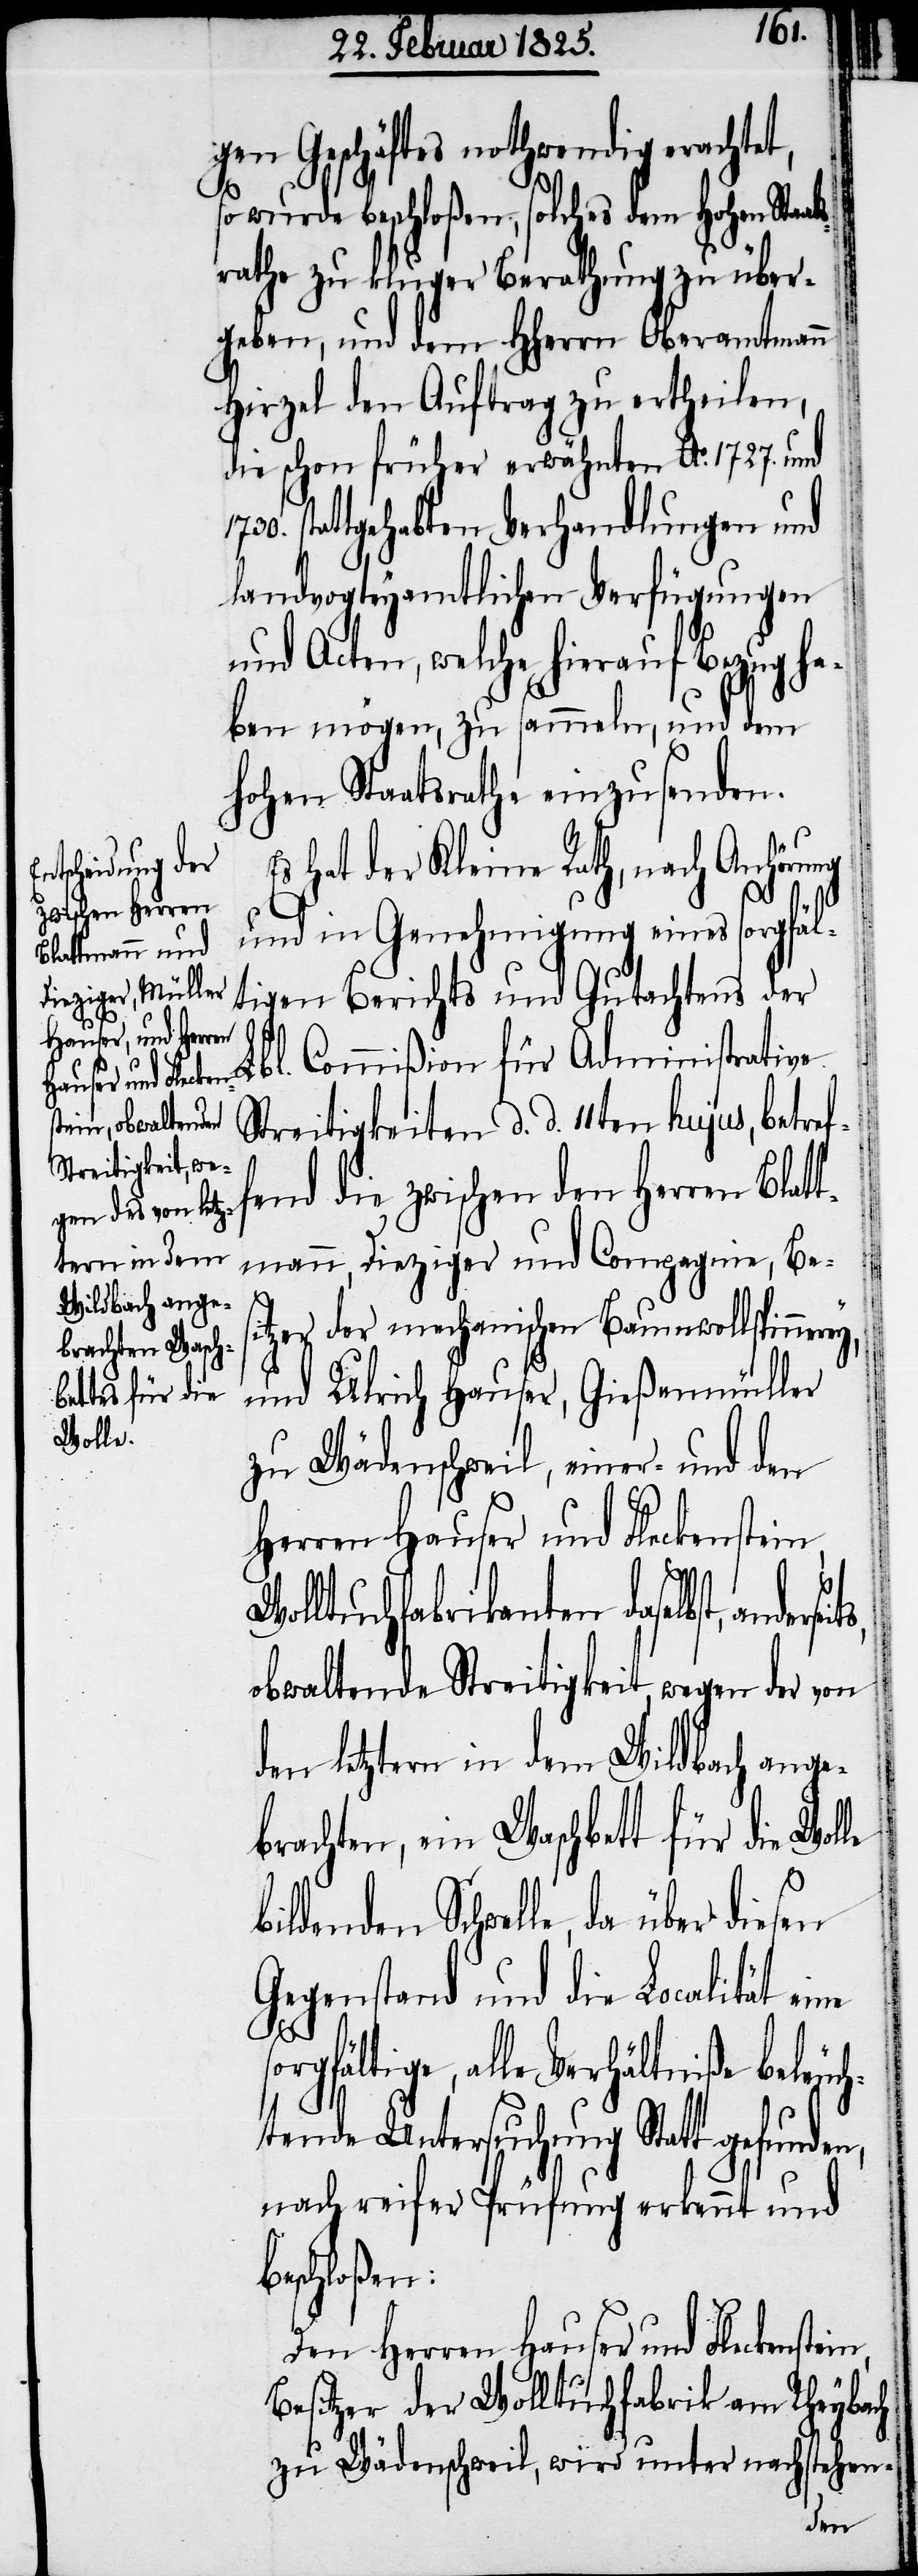
1730.
gen Geschäftes nothwendig erachtet,
s¬
so wurde beschloßen, solches dem Hohen Sta¬
rathe zu kluger Berathung zu über¬
geben, und dem HHerrn Oberamtmann
Hirzel den Auftrag zu ertheilen,
die schon früher erwähnten Ao. 1727. und
stattgehabten Verhandlungen und
landvogteyamtlichen Verfügungen
und Acten, welche hierauf Bezug ha¬
ben mögen, zu sammeln, und dem
hohen Staatsrathe einzusenden.
Es hat der Kleine Rath, nach Anhörung
und in Genehmigung eines sorgfäl¬
tigen Berichts und Gutachtens de¬
r Lbl. Commißion für Administrative
Streitigkeiten d. d. 11ten hujus, betref¬
fend die zwischen den Herren Blat¬
tmann, Dieziger und Compagnie, Bes¬
y,
itzer der mechanischen Baumwollspinnere¬
und Ulrich Hauser, Gießenmüller
zu Wädenschweil, einer- und den
Herren Hauser und Fleckenstein,
Wolltuchfabrikanten daselbst,
obwaltende Streitigkeit, wegen der von
den letztern in dem Wildbach ange¬
brachten, ein Waschbett für die Wol¬
bildenden Schwelle, da über diesen
Gegenstand und die Localität
orgfältige, alle Verhältniße beleuc¬
htende Untersuchung Statt gefunden,
nach reifer Prüfung erkennt und
beschloßen:
Besitzer der Wolltuchfabrik am Rheybach
zu Wädenschweil, wird unter nachstehen-
Den